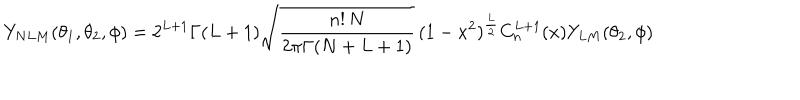
LaTeX: Y _ { N L M } ( \theta _ { 1 } , \theta _ { 2 } , \phi ) = 2 ^ { L + 1 } \Gamma ( L + 1 ) \sqrt { \frac { n ! \, N } { 2 \pi \Gamma ( N + L + 1 ) } } \, ( 1 - x ^ { 2 } ) ^ { \frac L 2 } C _ { n } ^ { L + 1 } ( x ) Y _ { L M } ( \theta _ { 2 } , \phi )